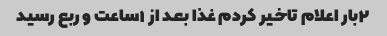
۲بار اعلام تاخیر کردم غذا بعد از ۱ساعت و ربع رسید